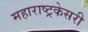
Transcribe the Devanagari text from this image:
महाराष्ट्रकेसरी